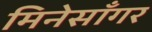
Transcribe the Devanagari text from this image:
मिनेसाँगर